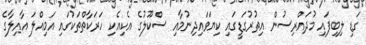
ގަޑި ލިބިފައި މުދައްރިސުން އިތުރުގަޑީގައި ކިޔަވައިދިނުމާއި ސްކޫލުގެ އެކިއެކި ހަރަކާތްތަކުގައި އަމިއްލަ އާއިލާގެ